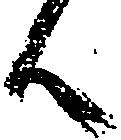
候